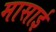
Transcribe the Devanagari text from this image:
मासाई